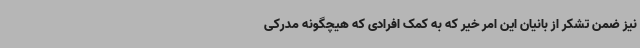
نیز ضمن تشکر از بانیان این امر خیر که به کمک افرادی که هیچگونه مدرکی